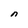
Character: n